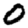
Digit: 0